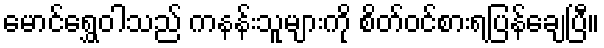
မောင်ရွှေဝါသည် ကနန်းသူများကို စိတ်ဝင်စားရပြန်ချေပြီ။